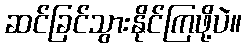
ဆင်ခြင်သွားနိုင်ကြဖို့ပဲ။